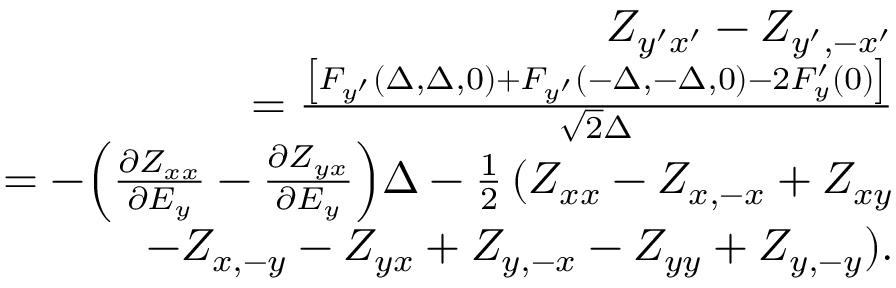
\begin{array} { r l r } & { } & { Z _ { y ^ { \prime } x ^ { \prime } } - Z _ { y ^ { \prime } , - x ^ { \prime } } } \\ & { } & { \qquad = \frac { \left[ F _ { y ^ { \prime } } ( \Delta , \Delta , 0 ) + F _ { y ^ { \prime } } ( - \Delta , - \Delta , 0 ) - 2 F _ { y } ^ { \prime } ( 0 ) \right] } { \sqrt { 2 } \Delta } } \\ & { } & { = - \Bigl ( \frac { \partial Z _ { x x } } { \partial E _ { y } } - \frac { \partial Z _ { y x } } { \partial E _ { y } } \Bigr ) \Delta - \frac { 1 } { 2 } \, ( Z _ { x x } - Z _ { x , - x } + Z _ { x y } } \\ & { } & { \qquad - Z _ { x , - y } - Z _ { y x } + Z _ { y , - x } - Z _ { y y } + Z _ { y , - y } ) . } \end{array}